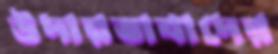
উদারতাবাদের